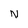
Character: N